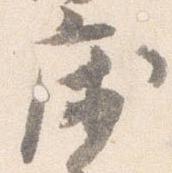
床